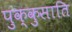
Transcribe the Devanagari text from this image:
पुक्कुसाति